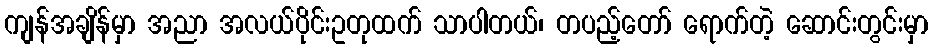
ကျန်အချိန်မှာ အညာ အလယ်ပိုင်းဥတုထက် သာပါတယ်၊ တပည့်တော် ရောက်တဲ့ ဆောင်းတွင်းမှာ